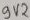
Text: 9V2